Civil Veterinary Dept. Bombay admin report 1932-41 - 1932-1941
Year: 1932
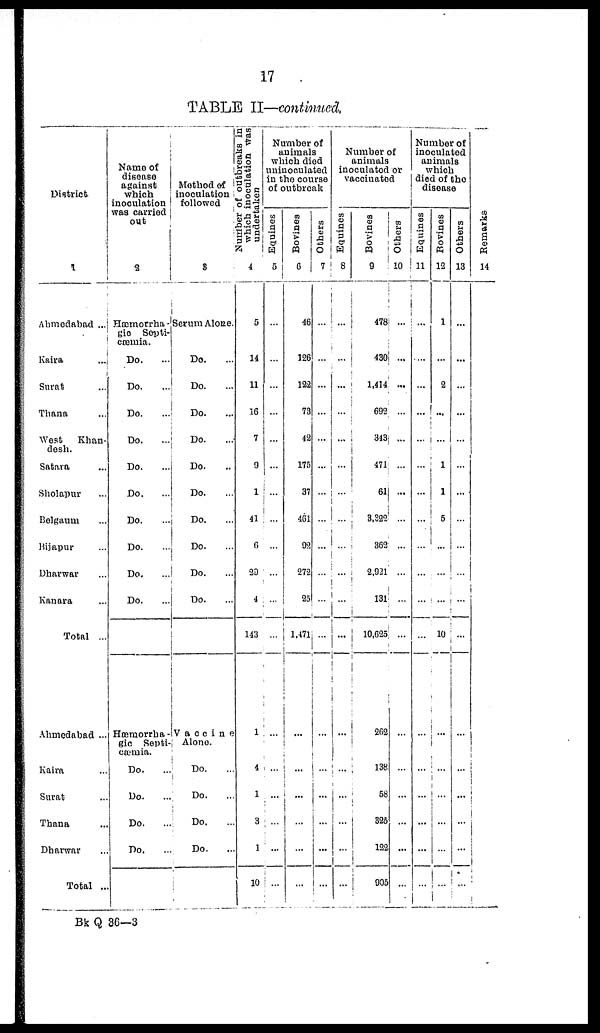
17
TABLE II—continued.
District
1
Ahmedabad ...
Kaira ...
Surat ...
Thana ...
West
Khan-
desh.
Satara ...
Sholapur ...
Belgaum ...
Bijapur ...
Dharwar ...
Kanara ...
Total ...
Ahmedabad ...
Kaira ...
Surat ...
Thana ...
Dharwar ...
Total ...
Name of
disease
against
which
inoculation
was carried
out
2
Hæmmorrha -
gic Septi-
ctæmia.
Do. …
Do. …
Do.
Do. …
Do. …
Do. …
Do. …
Do. …
Do. …
Do. …
Hæmorrba-
gic Septi-
cæmia.
Do. …
Do. …
Do. …
Do. …
Method of
inoculation
followed
8
Serum Alone.
Do. …
Do. …
Do.
...
Do. …
Do. …
Do. …
Do. …
Do. …
Do. …
Do. …
Vaccine
Alone.
Do. ...
Do. …
Do. …
Do. …
Number of outbreaks in
which inoculation Was
undertaken
4
5
14
11
16
7
9
1
41
6
29
4
143
1
4
1
3
1
10
Number of
animals
which died
uninoculated
in the course
of outbreak
Equines
5
…
…
…
…
…
…
...
…
…
…
...
…
…
…
…
…
…
…
Bovines
6
46
126
122
73
42
175
37
461
02
272
25
1,471
...
...
...
…
…
…
Others
7
…
…
…
...
…
…
…
…
...
…
...
...
…
…
…
…
...
…
Number of
animals
inoculated or
vaccinated
Equines
8
…
…
…
…
...
…
…
…
…
…
...
...
…
…
…
…
...
…
Bovines
9
478
430
1,414
692
343
471
61
3,322
362
2,921
131
10,625
262
138
58
325
122
905
Others
10
...
...
...
…
…
…
...
…
…
…
…
…
…
…
…
…
...
…
Number of
inoculated
animals
which
died of the
disease
Equines
11
…
…
…
...
...
…
…
...
…
…
…
…
…
…
…
…
…
...
Bovines
12
1
…
2
…
…
1
1
5
…
…
...
10
...
…
...
…
...
…
Others
13
…
...
…
…
...
…
…
…
…
…
…
...
…
…
…
…
…
...
Remarks
14
Bk Q 36—3